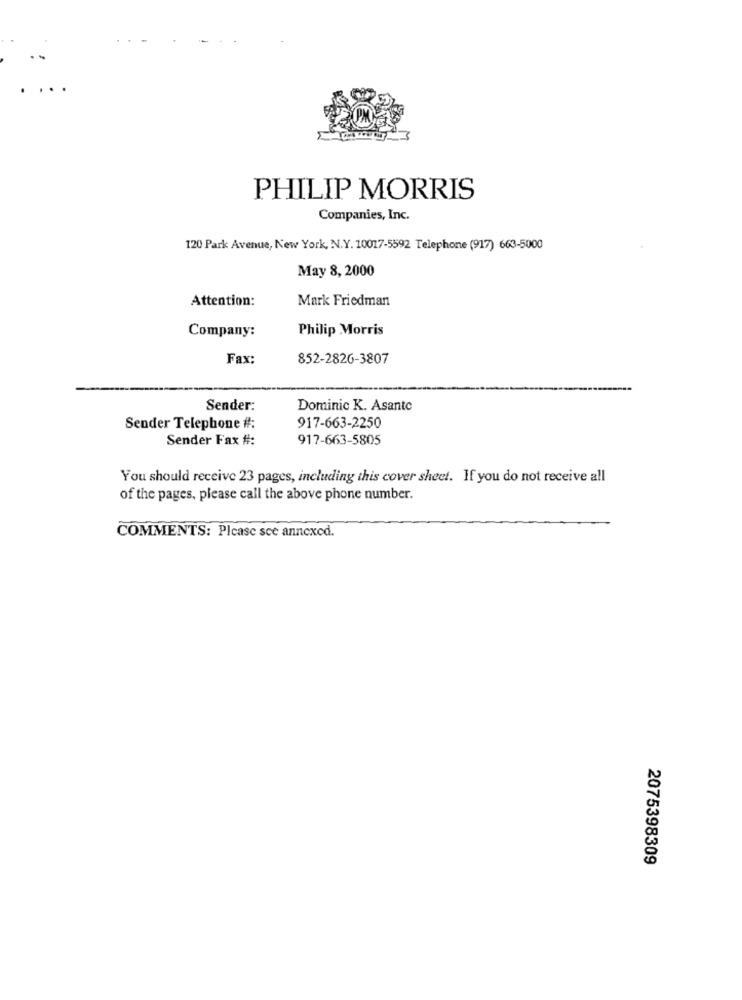
PHILIP MORRIS
Companies, Inc.
120 Park Avenue, New York, N.Y. 10017-5592 Telephone (917) 663-5000
May 8, 2000
Attention:
Mark Friedman
Company:
Philip Morris
Fax:
852-2826-3807
Sender:
Dominic K. Asanto
Sender Telephone #:
917-663-2250
Sender Fax #:
917-663-5805
You should receive 23 pages, including this cover sheet. If you do not receive all
of the pages, please call the above phone number.
COMMENTS: Please sce annexed.
2075398309